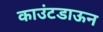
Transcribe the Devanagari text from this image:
काउंटडाऊन